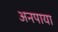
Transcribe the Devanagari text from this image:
अनपाया